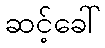
ဆင့်ခေါ်